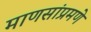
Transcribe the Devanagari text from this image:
माणसांप्रमणे